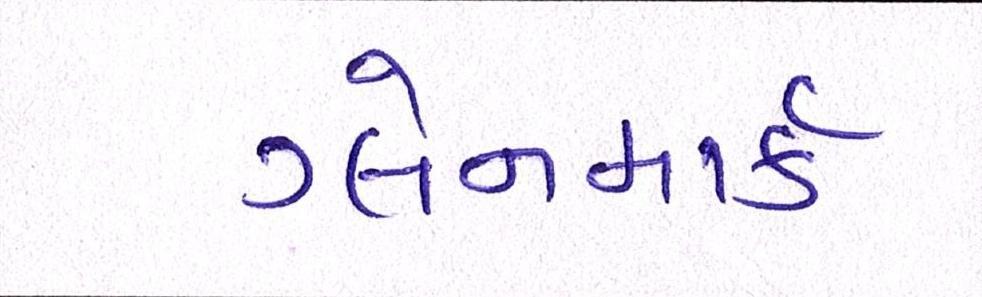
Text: ગ્લેનમાર્ક